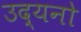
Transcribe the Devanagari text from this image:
उद्यनो